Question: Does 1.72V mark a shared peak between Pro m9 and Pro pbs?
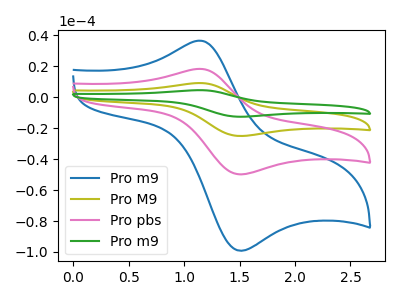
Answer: <think>The blue curve "Pro m9" has an anodic peak at (1.15V, 36.65uA) and a cathodic peak at (1.50V, -99.15uA). The olive curve "Pro M9" has an anodic peak at (1.15V, 36.80uA) and a cathodic peak at (1.50V, -99.55uA). The pink curve "Pro pbs" has an anodic peak at (1.15V, 18.40uA) and a cathodic peak at (1.50V, -49.75uA). The green curve "Pro m9" has an anodic peak at (1.15V, 55.15uA) and a cathodic peak at (1.50V, -149.30uA).</think>
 <answer>No, "Pro m9" and "Pro pbs" dont share a peak at 1.72V.</answer>
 <eval>mismatch</eval>